Language: tamil
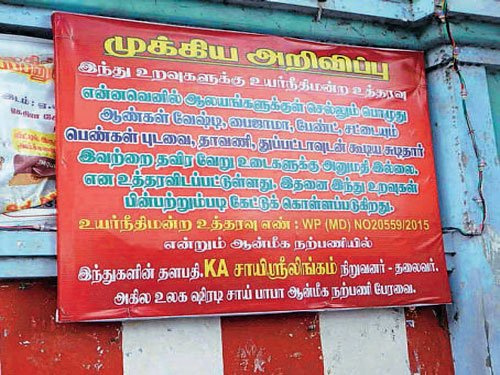
Transcription: முக்கிய அறிவிப்பு இந்து உயர்நீதிமன்ற என்னவெனில் செல்லும் ஆண்கள் வேஷ்டி பேண்ட சட்டையும் புடவை தாவணி துப்பட்டாவுடன் கூடிய தவிர உடைகளுக்கு அனுமதி இல்லை என உத்தரவிடப்பட்டுள்ளது இதனை இந்து உறவுகள் பின்பற்றும்படி கேட்டுக் கொள்ளப்படுகிறது உயா்நீதிமன்ற உத்தரவு என்றும் நற்பணியில் தளபதி நிறுவனர் தலைவர் அகில உலக சாய் பாபா ஆன்மீக பேரவை ஆலயங்களுக்குள் நற்பணி எண் உறவுகளுக்கு பெண்கள் இந்துகளின் சுடிதார் இவற்றை பொழுது ஆன்மீக பைஜாமா வேறு